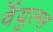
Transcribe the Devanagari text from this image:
वेंयुल्स